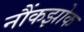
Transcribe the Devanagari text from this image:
नौंकझोक